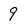
Character: 9